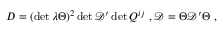
D = ( \operatorname * { d e t } \lambda \Theta ) ^ { 2 } \operatorname * { d e t } \mathcal { D } ^ { \prime } \operatorname * { d e t } Q ^ { i j } \ , \mathcal { D } = \Theta \mathcal { D } ^ { \prime } \Theta \ ,